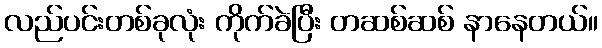
လည်ပင်းတစ်ခုလုံး ကိုက်ခဲပြီး တဆစ်ဆစ် နာနေတယ်။